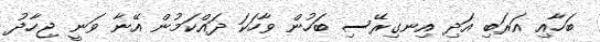
ބަހާއި އަރަބި އަދި އިނގިރޭސި ބަހުން ވާހަކަ ދައްކަމުން އޭނާ ވަނީ ޖިހާދު